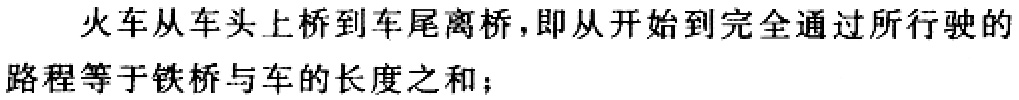
火车从车头上桥到车尾离桥，即从开始到完全通过所行驶的路程等于铁桥与车的长度之和；